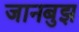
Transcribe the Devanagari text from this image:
जानबुझ